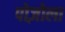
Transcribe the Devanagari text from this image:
पोज़ोला